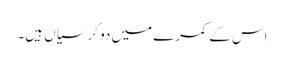
اس کے کمرے میں دو کرسیاں ہیں۔